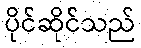
ပိုင်ဆိုင်သည်